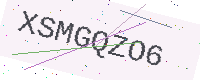
Text: XSMGQZO6